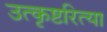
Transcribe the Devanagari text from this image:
उत्कृष्टरित्या